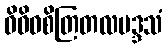
ဝိဝိဓစိတြတလမဒ္ဒသံ